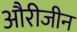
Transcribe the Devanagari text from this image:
औरीजीन